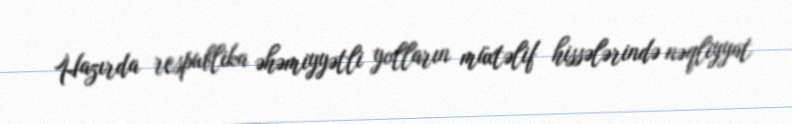
Hazırda respublika əhəmiyyətli yolların müxtəlif hissələrində nəqliyyat